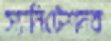
স্যানিটেশনব